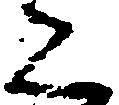
こ